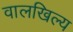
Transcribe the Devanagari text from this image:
वालखिल्‍य